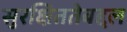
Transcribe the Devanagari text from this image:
सुरक्षिततेबद्दल